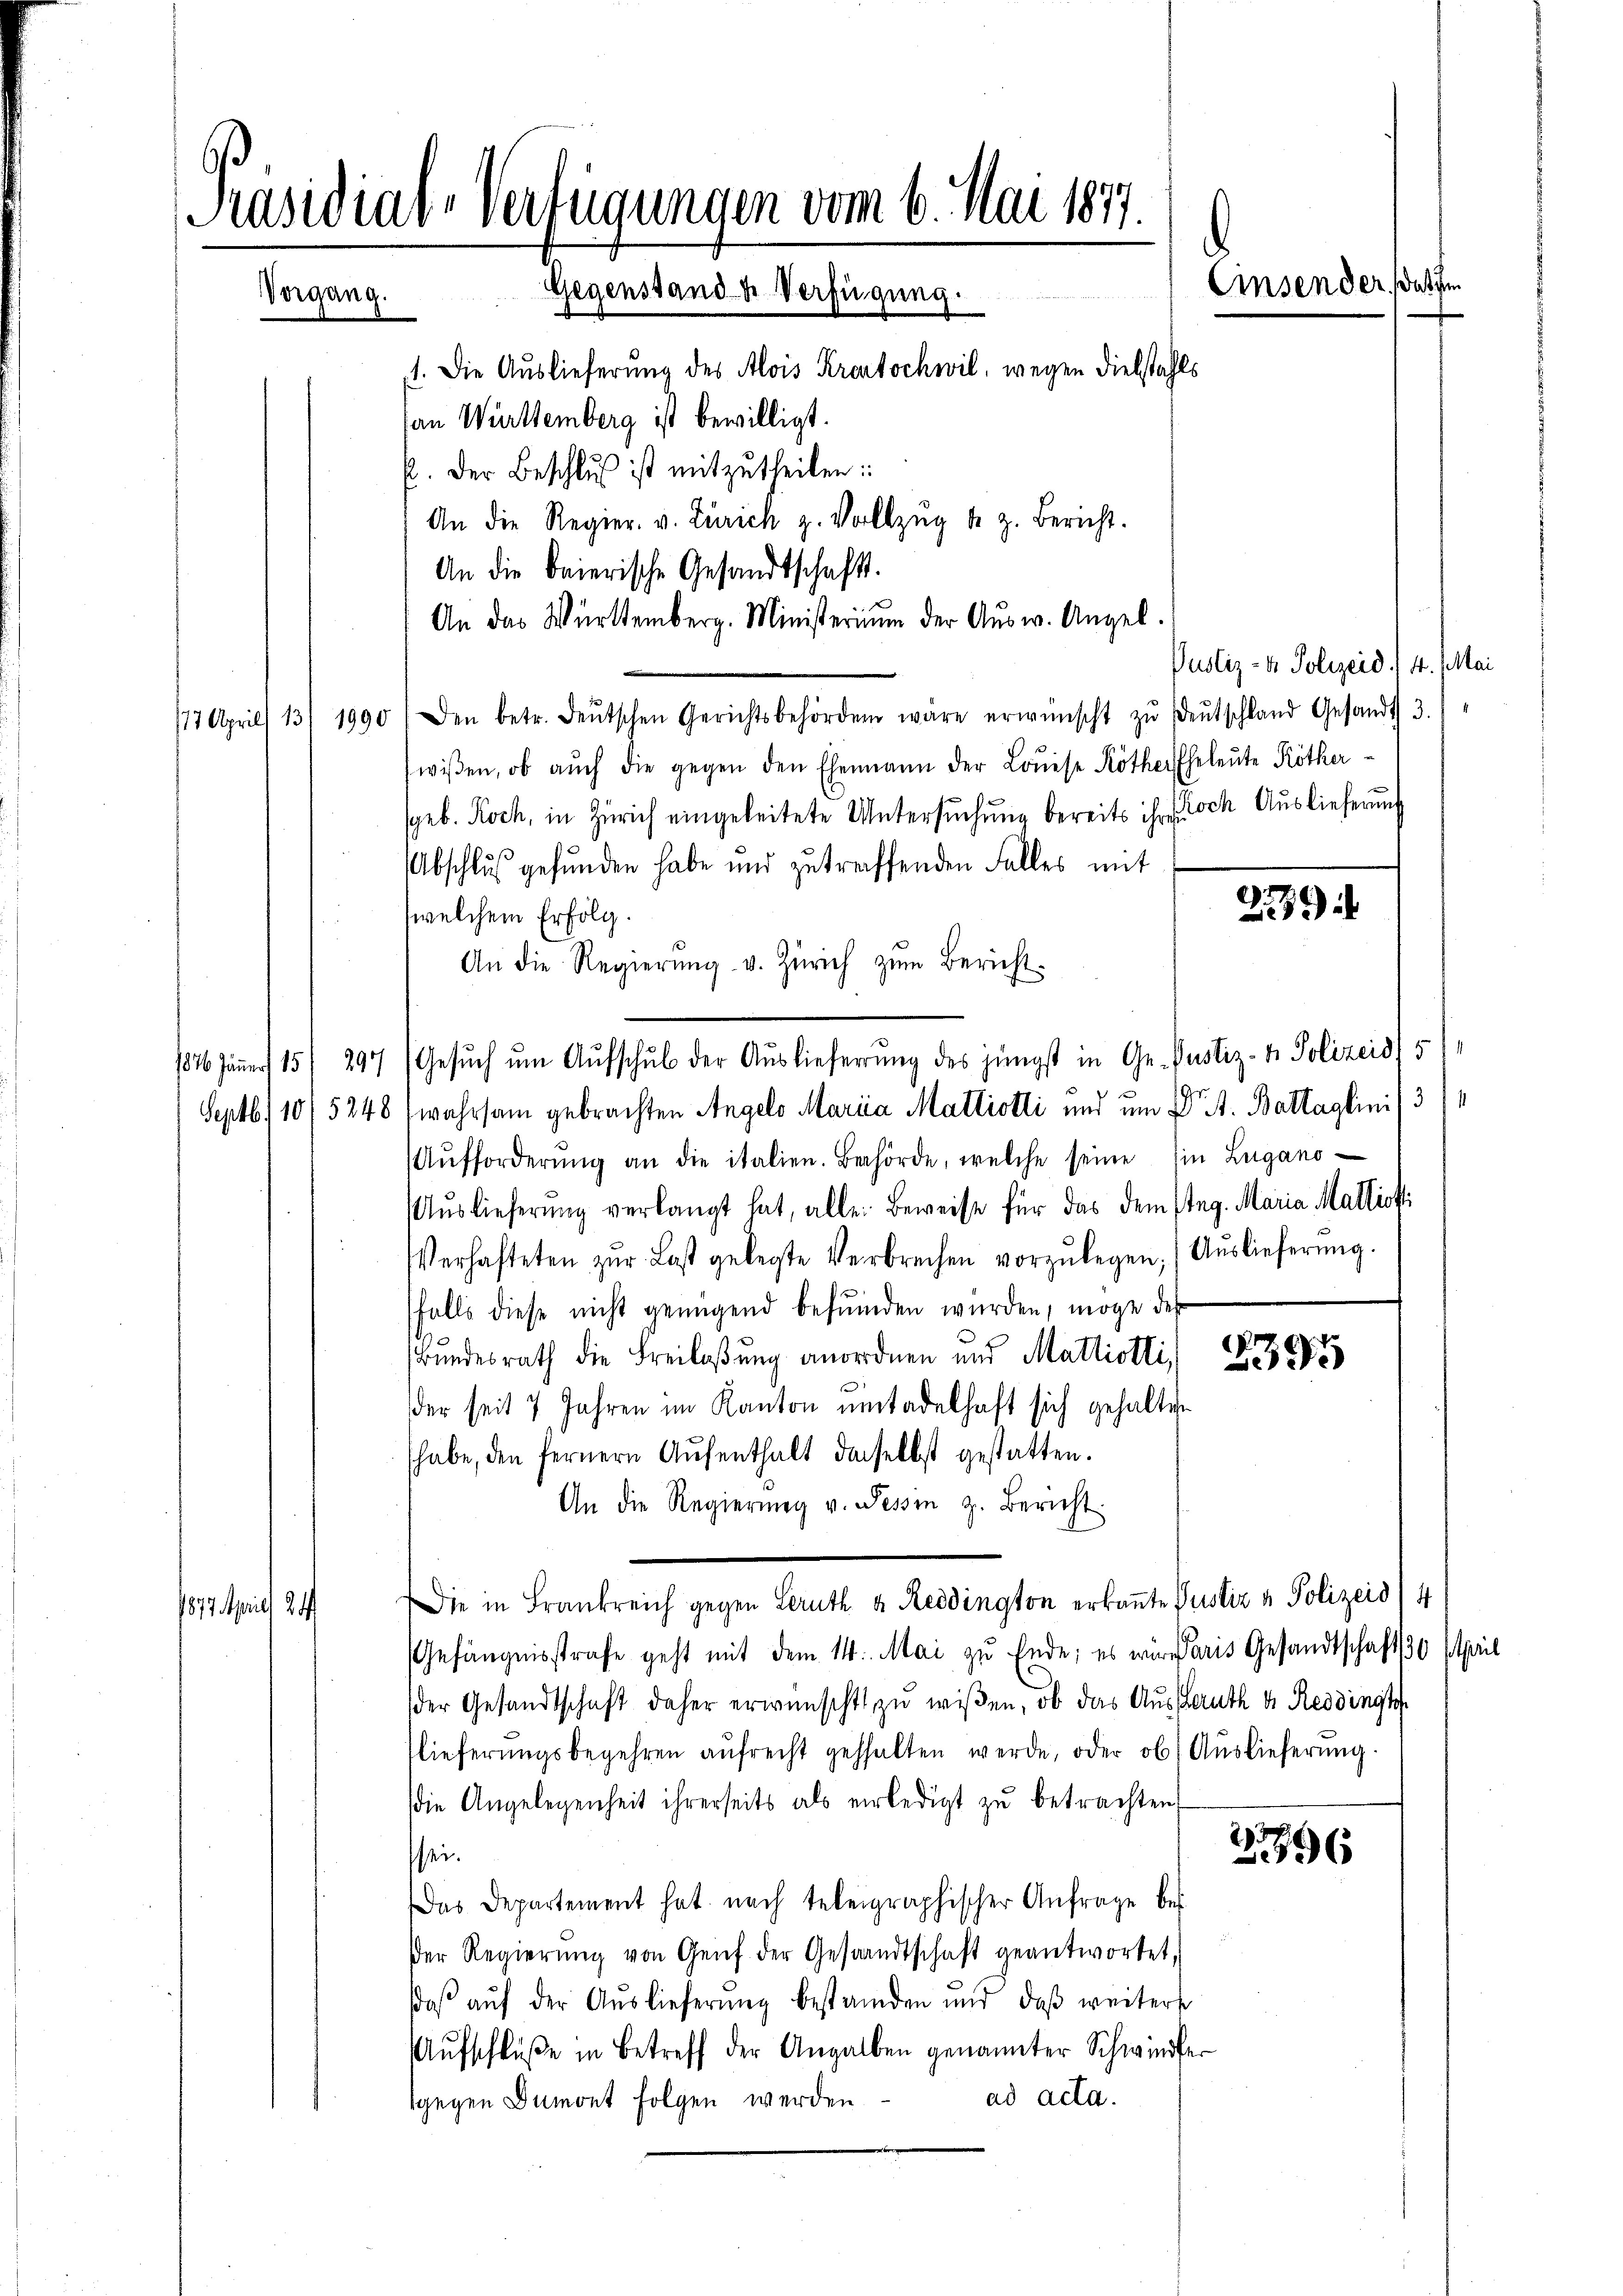
1. Die Auslieferung des Alois Krentschwil, wegen Diebstahls
an Württemberg ist bewilligt.
. Der Beschluß ist mitzutheilen:
An die Regier. v. Zürich z. Vollzŭg der z. Bericht.
An die baierische Gesandtschafts-
An das Württemberg. Ministerium der Aŭsw. Angel.
117 April 13/ 1990 (den betr. deŭtschen Gerichtsbehörden wäre erwünscht zŭ deŭtschland Gesandt 3.)
wiβen, ob auch die gegen den Ehemann der Louise Köther Eheleute Röther
(geb. Koch, in Zürich eingeleitete Untersuchung bereits ihr doch Auslieferung
Abschluß gefunden habe und zutreffenden Falles mit
welchem Erfolg.
An die Regierŭng v. Zürich zŭm Bericht.
1826 Jäṅer 15. 297 (Gesŭch ŭm Aŭfschŭb der Aŭslieferŭng des jüngst in Ge- Pustiz- & Polizeid) 5
Septb. 1015248 (wahrsam gebrachten Angelo Maria Mattiotti und um Dr. t. Battaglini / 3/4
Aŭfforderŭng an die italien. Behörde, welche seine Ein Lugano
Aŭslieferŭng verlangt hat, alle: Beweise für das dem Steg. Maria Mallist
Verhafteten zŭr Last gelegte Verbrechen vorzŭlegen. ( Aŭslieferŭng.
falls diese nicht genügend befŭnden würden, möge des
Bundesrath die Freilaßung anordnen und Matriotti
der seit 7 Jahren im Kanton untadelhaft sich gehalten
habe, den fernern Aŭfenthalt derselbst gestatten.
An die Regierŭng v. Tessin z. Bericht.
Die in Frankreich gegen Leruth u. Reidington erkaṅte Justiz & Polizeid) 4
1817. April 24.
Gefängnisstrafe geht mit dem 14. Mai zu Ende; es wir daris Gesandtschaft 30 April
der Gesandtschaft daher erwünscht zu wissen, ob das Ausleuth der Reddingt
lieferungsbegehren aŭfrecht gehalten werde, oder ob (Auslieferung
die Angelegenheit ihrerseits als verledigt zŭ betrachten,
2796
sei.
Das Departement hat nach telegraphischer Anfrage be¬
Der Regierŭng von Genf der Gesandtschaft geantwortet,
daβ aŭf der Aŭslieferŭng bestanden und daß weiters
Aŭfschlüße in Betreff der Angalben genannter Schwinder
ad acta.
sgegen Dumont folgen werden

Präsidial-Verfügungen vom 6. Mai 1877.
Einsender, daß
Gegenstand u. Verfügung.
Vorgang.

Justiz- & Polizeid. 4. Mai

223